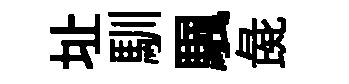
址馴颿彘